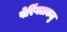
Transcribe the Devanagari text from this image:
पेरिंगलकतु